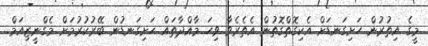
މީގެ އިތުރުން ހަށިގަނޑަށް އެކިގޮތްގޮތުން އެތެރެވާ ވިހަ މާއްދާތައް ހަށިގަނޑުން ބޭރުކުރުމަށް މެގްނީޒިއަމް